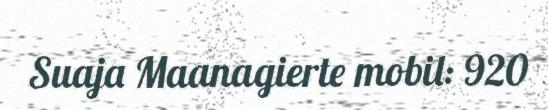
Suaja Maanagierte mobil: 920